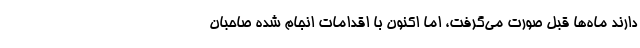
دارند ماه‌ها قبل صورت می‌گرفت، اما اکنون با اقدامات انجام شده صاحبان